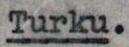
Turku.